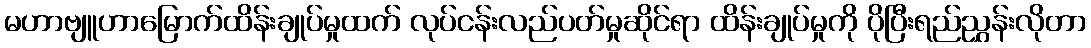
မဟာဗျူဟာမြောက်ထိန်းချုပ်မှုထက် လုပ်ငန်းလည်ပတ်မှုဆိုင်ရာ ထိန်းချုပ်မှုကို ပိုပြီးရည်ညွှန်းလိုတာ